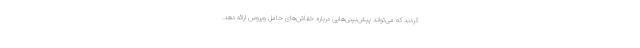
کردند که می‌تواند پیش‌بینی‌هایی درباره خفاش‌های حامل ویروس ارائه دهد.